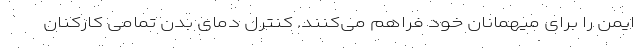
ایمن را برای میهمانان خود فراهم می‌کنند. کنترل دمای بدن تمامی کارکنان